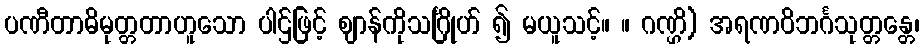
ပဏီတာဓိမုတ္တတာဟူသော ပါဌ်ဖြင့် ဈာန်ကိုသင်္ဂြိုဟ် ၍ မယူသင့်။ ။ ဂဏ္ဌိ) အရဏဝိဘင်္ဂသုတ္တန္တေ၊